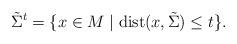
LaTeX: \begin{align*}{\tilde \Sigma}^t=\{x\in M\mid {\rm dist} (x, \tilde \Sigma) \leq t \}.\end{align*}